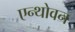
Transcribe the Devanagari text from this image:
एन्थोवन